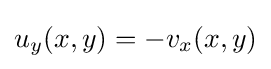
u_{y}(x,y)=-v_{x}(x,y)